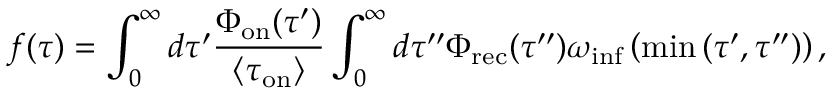
f ( \tau ) = \int _ { 0 } ^ { \infty } d \tau ^ { \prime } \frac { \Phi _ { \mathrm { o n } } ( \tau ^ { \prime } ) } { \langle \tau _ { \mathrm { o n } } \rangle } \int _ { 0 } ^ { \infty } d \tau ^ { \prime \prime } \Phi _ { \mathrm { r e c } } ( \tau ^ { \prime \prime } ) \omega _ { \mathrm { i n f } } \left( \operatorname* { m i n } { ( \tau ^ { \prime } , \tau ^ { \prime \prime } ) } \right) ,